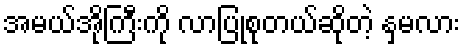
အမယ်အိုကြီးကို လာပြုစုတယ်ဆိုတဲ့ နှမလား